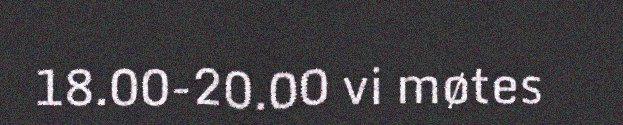
18.00-20.00 vi møtes